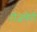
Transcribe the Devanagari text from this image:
रोज़बेरी